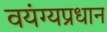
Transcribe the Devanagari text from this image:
वयंग्यप्रधान